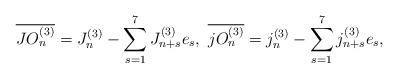
LaTeX: \begin{align*}\overline{JO_{n}^{(3)}}=J_{n}^{(3)}-\sum_{s=1}^{7}J_{n+s}^{(3)}e_{s},\ \overline{jO_{n}^{(3)}}=j_{n}^{(3)}-\sum_{s=1}^{7}j_{n+s}^{(3)}e_{s},\end{align*}